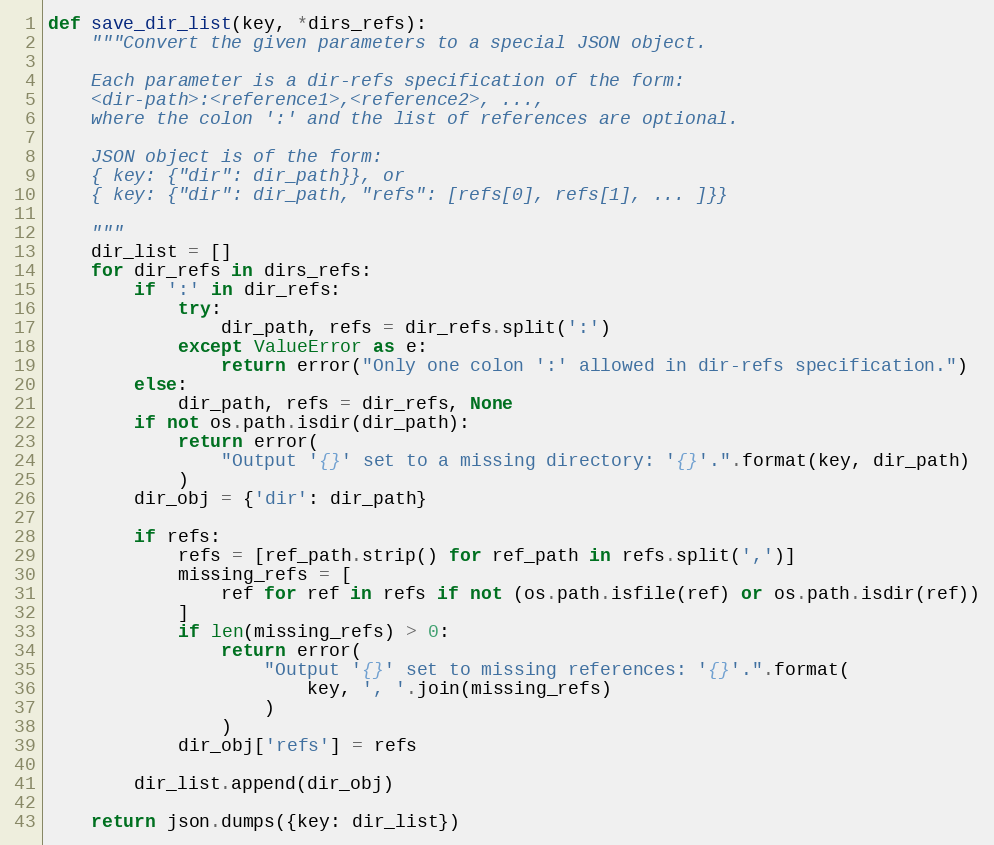
Language: Python
def save_dir_list(key, *dirs_refs):
    """Convert the given parameters to a special JSON object.

    Each parameter is a dir-refs specification of the form:
    <dir-path>:<reference1>,<reference2>, ...,
    where the colon ':' and the list of references are optional.

    JSON object is of the form:
    { key: {"dir": dir_path}}, or
    { key: {"dir": dir_path, "refs": [refs[0], refs[1], ... ]}}

    """
    dir_list = []
    for dir_refs in dirs_refs:
        if ':' in dir_refs:
            try:
                dir_path, refs = dir_refs.split(':')
            except ValueError as e:
                return error("Only one colon ':' allowed in dir-refs specification.")
        else:
            dir_path, refs = dir_refs, None
        if not os.path.isdir(dir_path):
            return error(
                "Output '{}' set to a missing directory: '{}'.".format(key, dir_path)
            )
        dir_obj = {'dir': dir_path}

        if refs:
            refs = [ref_path.strip() for ref_path in refs.split(',')]
            missing_refs = [
                ref for ref in refs if not (os.path.isfile(ref) or os.path.isdir(ref))
            ]
            if len(missing_refs) > 0:
                return error(
                    "Output '{}' set to missing references: '{}'.".format(
                        key, ', '.join(missing_refs)
                    )
                )
            dir_obj['refs'] = refs

        dir_list.append(dir_obj)

    return json.dumps({key: dir_list})